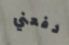
دفعني